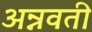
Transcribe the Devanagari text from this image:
अन्नवती